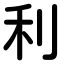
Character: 利